Subject: math
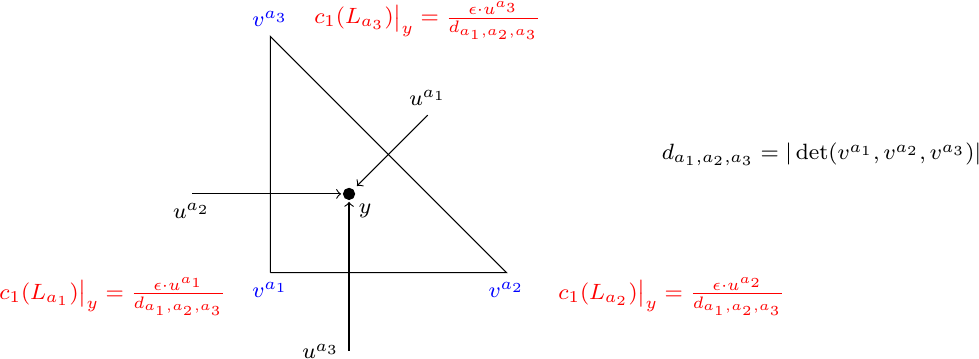
LaTeX code:
\begin{tikzpicture}[font = \footnotesize]
\draw (0,0)  node[below,blue] {$v^{a_1}$} --(3,0) node[below,blue] {$v^{a_2}$}--(0,3) node[above,blue] {$v^{a_3}$}--(0,0);
\filldraw (1,1) circle (2pt) node[below right] {$y$};
\draw[<-] (1.1,1.1)--(2,2) node[above] {$u^{a_1}$};
\draw[<-] (1,0.9)--(1,-1) node[left] {$u^{a_3}$};
\draw[<-] (0.9,1)--(-1,1) node[below] {$u^{a_2}$};
\node[draw=none,red] at (5.1,-0.3) {$c_1(L_{a_2}) \big |_{y}= \frac{ \epsilon\cdot   u^{a_2}}{d_{a_1,a_2,a_3}}$};
\node[draw=none,red] at (2,3.2) {$c_1(L_{a_3}) \big |_{y}= \frac{ \epsilon\cdot   u^{a_3}}{d_{a_1,a_2,a_3}}$};
\node[draw=none,red] at (-2,-0.3) {$c_1(L_{a_1}) \big |_{y}= \frac{ \epsilon\cdot   u^{a_1}}{d_{a_1,a_2,a_3}}$};
\node[draw=none] at (7,1.5) {$d_{a_1,a_2,a_3}=| \det (v^{a_1}, v^{a_2}, v^{a_3})|$};
\end{tikzpicture}